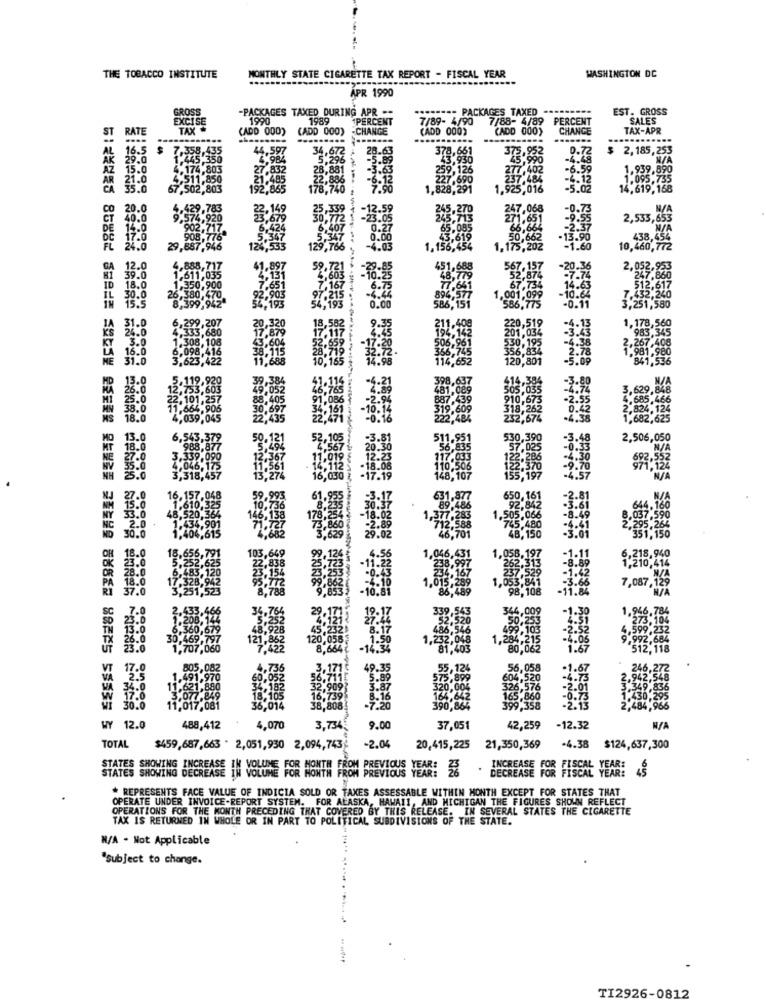
THE TOBACCO INSTITUTE
MONTHLY STATE CIGARETTE TAX REPORT - FISCAL YEAR
WASHINGTON DC
APR 1990
GROSS
-PACKAGES TAXED DURING APR --
PACKAGES TAXED
EST. GROSS
EXCISE
1990
1989
1PERCENT
7/89- 4/90
7/88- 4/89
PERCENT
SALES
ST
RATE
TAX
(ADD 000)
(ADD 000)
-CHANGE
(ADD 000)
(ADD 000)
CHANGE
TAX-APR
AL
16.5
44.597
34,672
28.63
378,661
375,952
0.72
$ 2,185,253
4.984
5.296
=5.89
43,930
AZ
15.0
27.832
28,881
-5.63
259,126
277,402
-6.59
1,939,890
AR
21.485
22,886
-6.1
227.690
7484
-4.12
1.095,735
CA
192,865
178,740
1,828,291
925,016
-5.02
14,619,168
20.
22,149
-12.5
245,270
247.068
-0.73
579
30.772
-23.05
245,713
271,651
2,533,653
6,407
0.27
65,085
86,664
5.347
5.347
0.00
43.619
50,662
-13.90
FL
129,766
1.156,454
1.175,202
1.60
10,460,772
GA
51,688
H1
ID
IL
JA
ME
MD
HA
MI
MN 38.0
MON
2,484
MO
11.951
2,506,050
6,835
NE
10,506
.8. 107
NJ
NY
NC
MD
OH
OK
4.56
OR
-11.22
PA
RI
-10.81
SC
TH
13.0
499,103
TX
26.0
.232.
1,284,215
23.0
81.4
80,062
VT
17.0
.736
9.35
56,058
1.07
VA
2.5
.520
34.0
320,00
17.0
164,642
30.0
6,014
390,864
WY 12.0
488,412
4,070
3,734.
9.00
37,051
42,259
-12.32
-4.38
TOTAL
$459,687,663 * 2,051,930 2,094,743
-2.04
20,415,225 21,350,369
$124,637,300
. DECREASE FOR FISCAL YEAR! &S
STATES SHOWING DECREASE IN VOLUME FOR MONTH FROM PREVIOUS YEAR:
* REPRESENTS FACE VALUE OF INDICIA SOLD OR TAXES ASSESSABLE WITHIN MONTH EXCEPT FOR STATES THAT
OPERATE UNDER INVOICE-REPORT SYSTEM. FOR ALASKA, HAWAII, AND MICHIGAN THE FIGURES SHOWN REFLECT
OPERATIONS FOR THE MONTH PRECEDING THAT COVERED BY THIS RELEASE. IN SEVERAL STATES THE CIGARETTE
TAX IS RETURNED IN WHOLE OR IN PART TO POLITICAL SUBDIVISIONS OF THE STATE.
N/A - Not Applicable
"Subject to change.
TI2926-0812